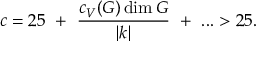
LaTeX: c = 2 5 ~ + ~ { \frac { c _ { V } ( G ) \dim G } { | k | } } ~ + ~ . . . > 2 5 .